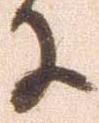
に